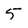
Character: 5